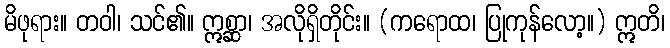
မိဖုရား။ တဝါ၊ သင်၏။ ဣစ္ဆာ၊ အလိုရှိတိုင်း။ (ကရောထ၊ ပြုကုန်လော့။) ဣတိ၊